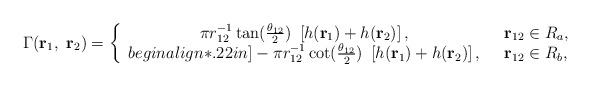
\begin{align*}\Gamma({\bf r}_{1},~{\bf r}_{2})=\left\{\begin{array}{cl}\pi r_{12}^{-1}\tan(\frac{\theta_{12}}{2})~\left[h({\bf r}_{1})+h({\bf r}_{2})\right],&~~{\bf r}_{12}\in R_{a},\\begin{align*}.22in]-\pi r_{12}^{-1}\cot(\frac{\theta_{12}}{2})~\left[h({\bf r}_{1})+h({\bf r}_{2})\right],&~~{\bf r}_{12}\in R_{b},\end{array}\right.\end{align*}